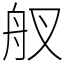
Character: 䑡